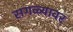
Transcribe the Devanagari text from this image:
सगळ्यावर